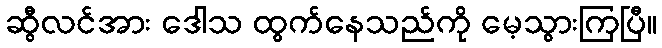
ဆွီလင်အား ဒေါသ ထွက်နေသည်ကို မေ့သွားကြပြီ။